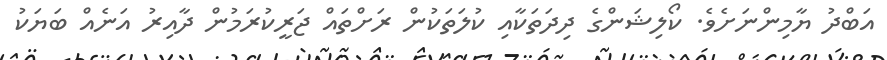
އަބްދު ޔާމިންނަށެވެ. ކޯލިޝަންގެ ދިދަތަކާއި ކުލަތަކުން ރަށްތައް ޖަރީކުރަމުން ދާއިރު އަނެއް ބަޔަކު